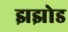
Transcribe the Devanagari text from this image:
झझोड